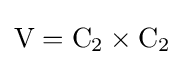
\mathrm {V} =\mathrm {C} _{2}\times \mathrm {C} _{2}